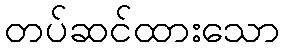
တပ်ဆင်ထားသော